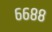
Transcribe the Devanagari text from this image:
६६८८